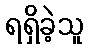
ရရှိခဲ့သူ